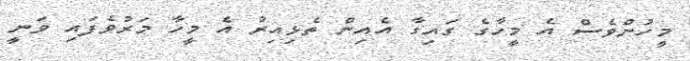
މީހުންވެސް އެ މީހާގެ ގައިގާ އެއިން ތެޅިއިރު އެ މީހާ މަރުވެފައި ވަނީ